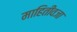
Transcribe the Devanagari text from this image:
माहितीवजा